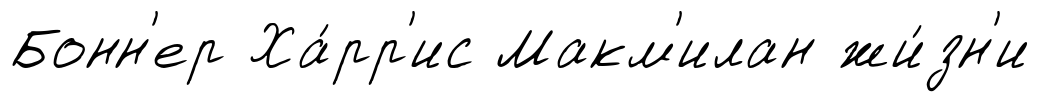
Бонн'ер Ха́рр'ис Макм'илан жи́зн'и